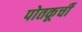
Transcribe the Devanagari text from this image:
पोतकूर्ची